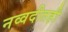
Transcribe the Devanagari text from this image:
नव्वदीतही